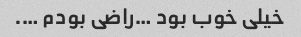
خیلی خوب بود …راضی بودم ….